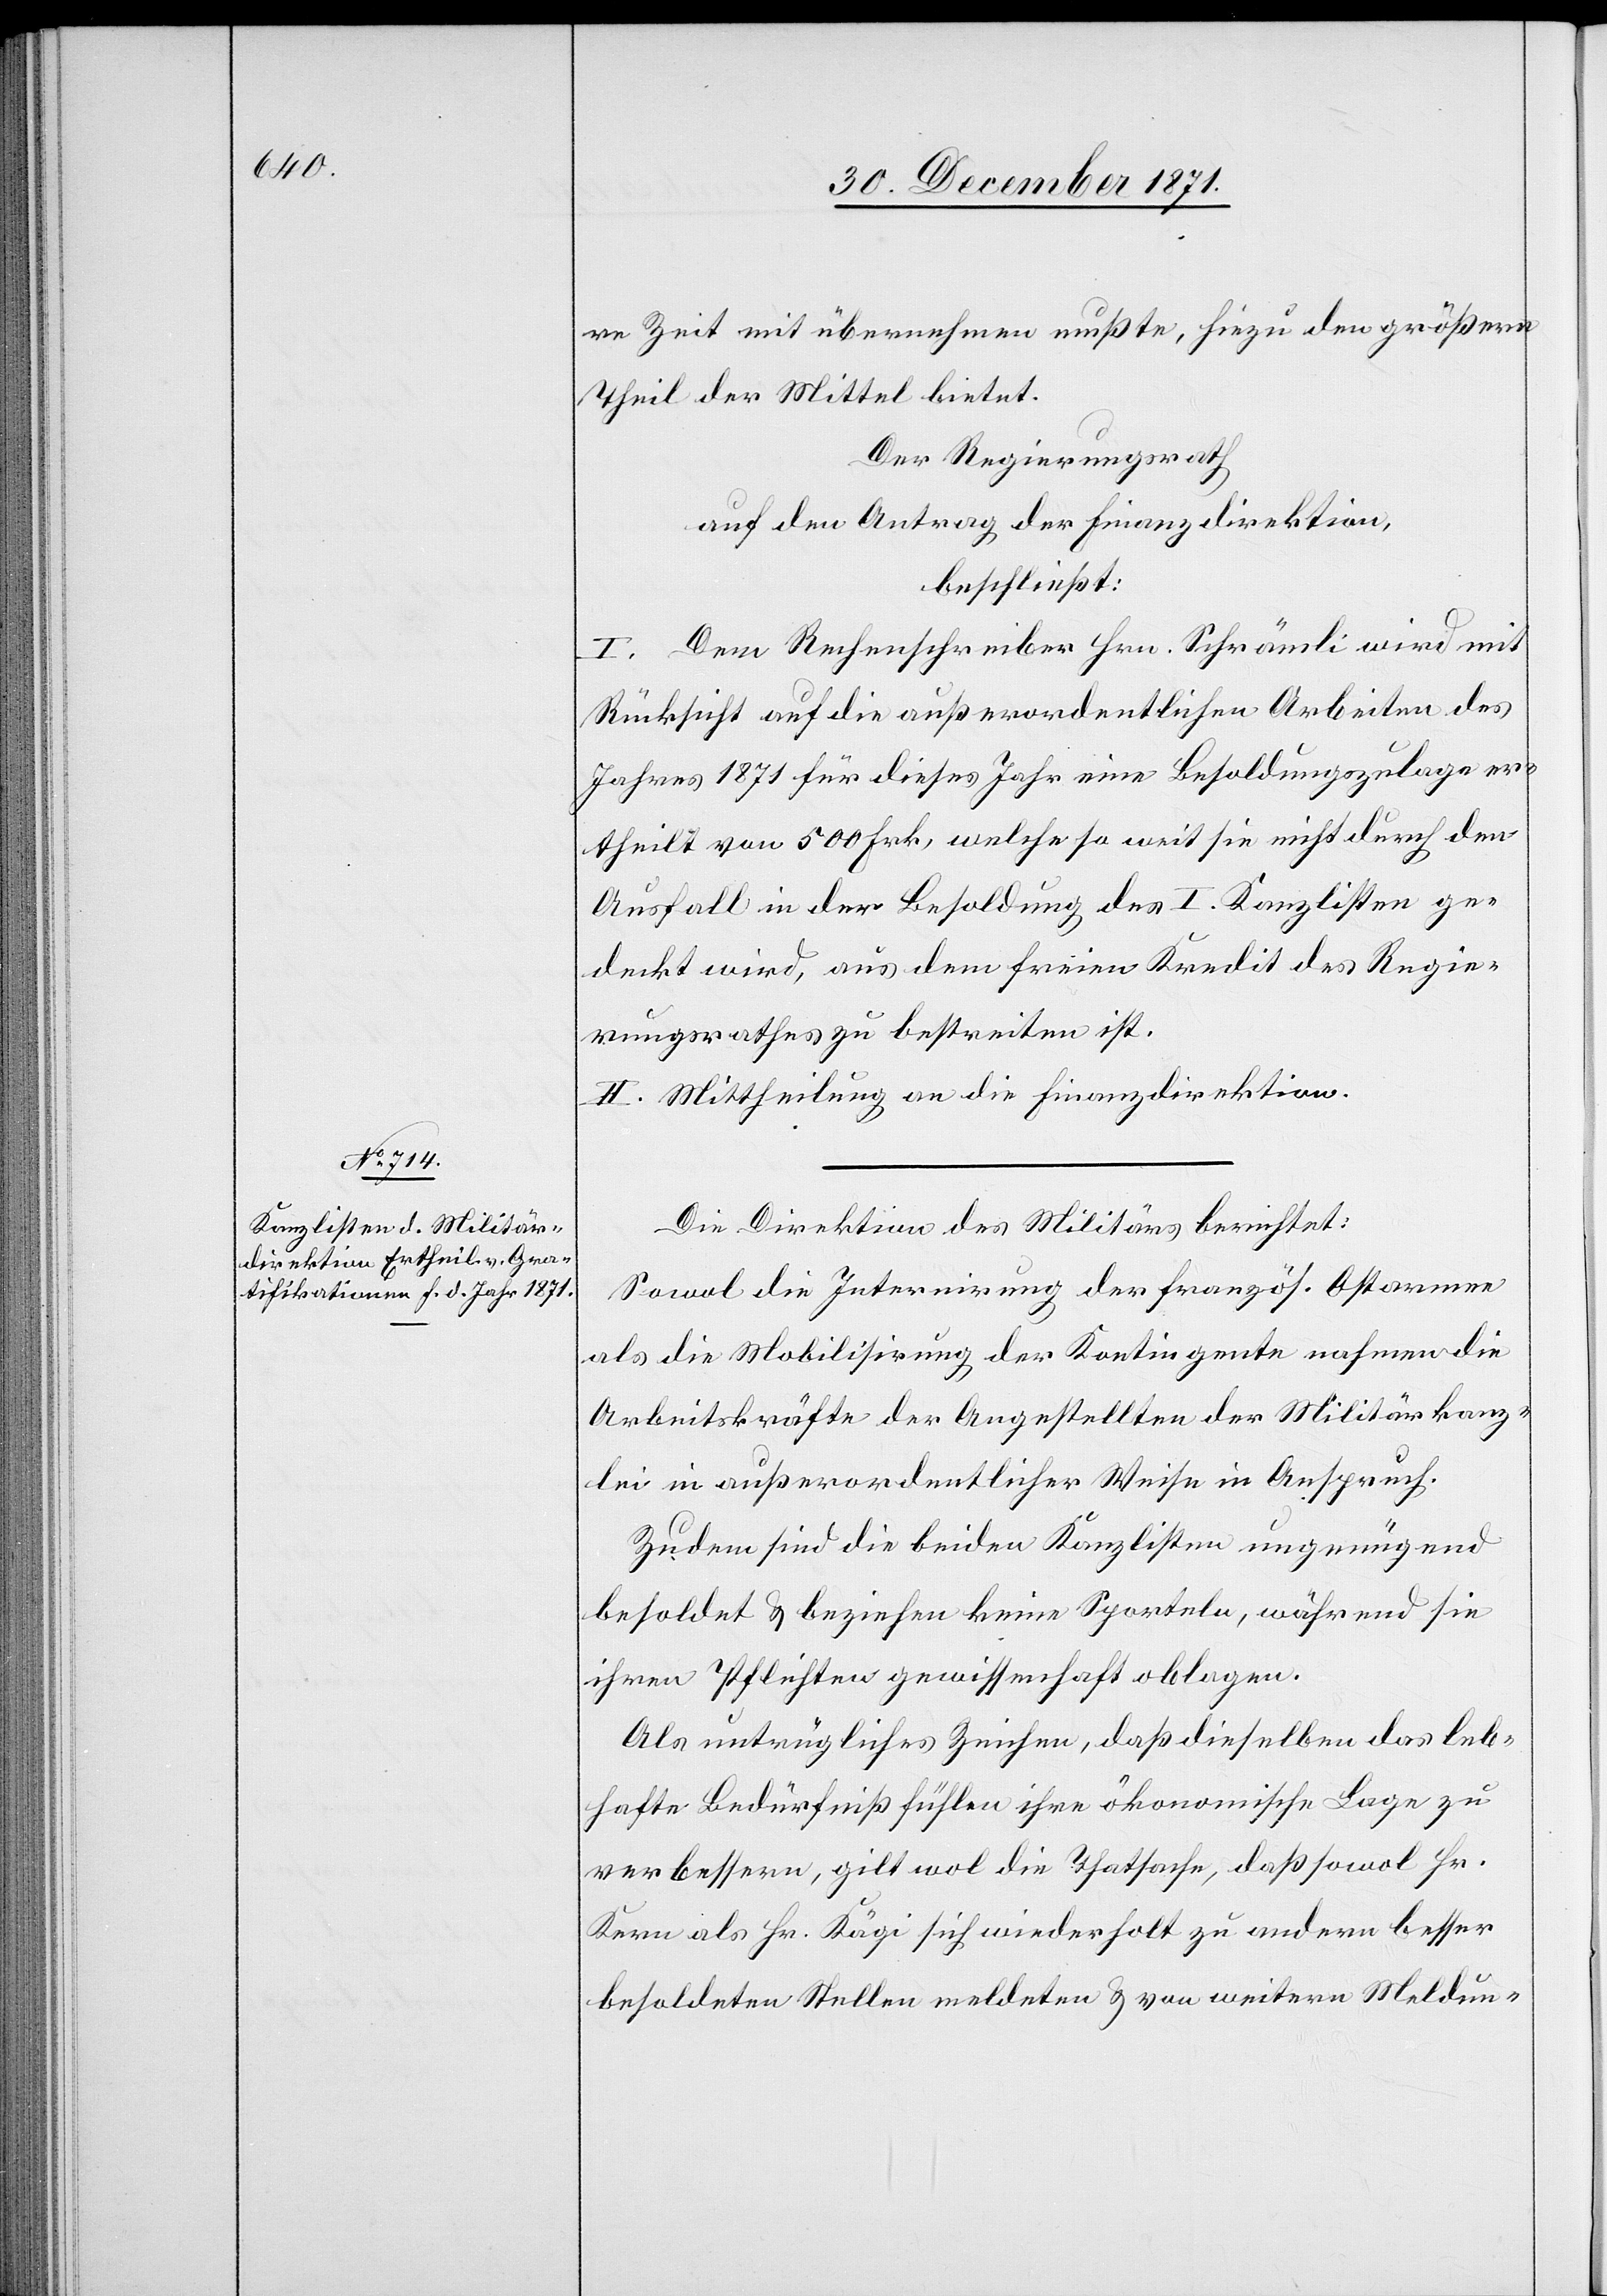
re Zeit mit übernehmen mußte, hiezu den größern
Theil der Mittel bietet.
Der Regierungsrath
auf den Antrag der Finanzdirektion,
beschließt:
I. Dem Rechenschreiber Hrn. Schrämli wird mit
Rücksicht auf die außerordentlichen Arbeiten des
Jahres 1871 für dieses Jahr eine Besoldungszulage er¬
theilt von 500 Frk., welche so weit sie nicht durch den
Ausfall in der Besoldung des I. Kanzlisten ge¬
deckt wird, aus dem freien Kredit des Regie¬
rungsrathes zu bestreiten ist.
II. Mittheilung an die Finanzdirektion.
Die Direktion des Militärs berichtet:
Sowol die Internirung der französ. Ostarmee
als die Mobilisirung der Kontingente nahmen die
Arbeitskräfte der Angestellten der Militärkanz¬
lei in außerordentlicher Weise in Anspruch.
Zudem sind die beiden Kanzlisten ungenügend
besoldet & beziehen keine Sporteln, während sie
ihren Pflichten gewissenhaft oblagen.
Als untrügliches Zeichen, daß dieselben das leb¬
hafte Bedürfniß fühlen ihre ökonomische Lage zu
verbessern, gilt wol die Thatsache, daß sowol Hr.
Kern als Hr. Kägi sich wiederholt zu andern besser
besoldeten Stellen meldeten & von weitern Meldun-